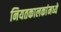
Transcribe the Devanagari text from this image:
नियतकालकांमध्ये